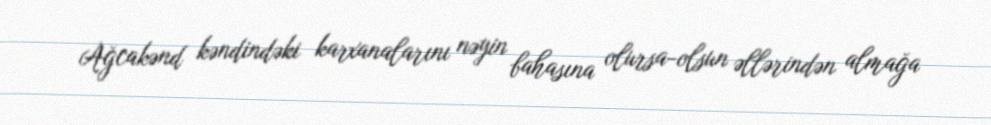
Ağcakənd kəndindəki karxanalarını nəyin bahasına olursa-olsun əllərindən almağa